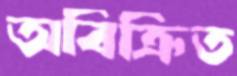
অবিক্রিত